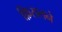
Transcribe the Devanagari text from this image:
फ़िसलने